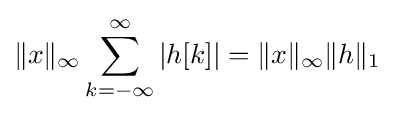
\|x\|_{\infty }\sum _{k=-\infty }^{\infty }\left|h[k]\right|=\|x\|_{\infty }\|h\|_{1}